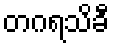
တဂရသိခီ